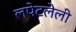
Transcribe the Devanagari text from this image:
लपेटलेली